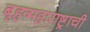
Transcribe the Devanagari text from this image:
बृहन्महाराष्ट्राची